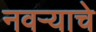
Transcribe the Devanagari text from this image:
नवऱ्याचे